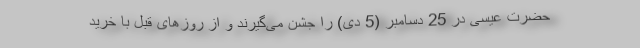
حضرت عیسی در 25 دسامبر (5 دی) را جشن می‌گیرند و از روزهای قبل با خرید